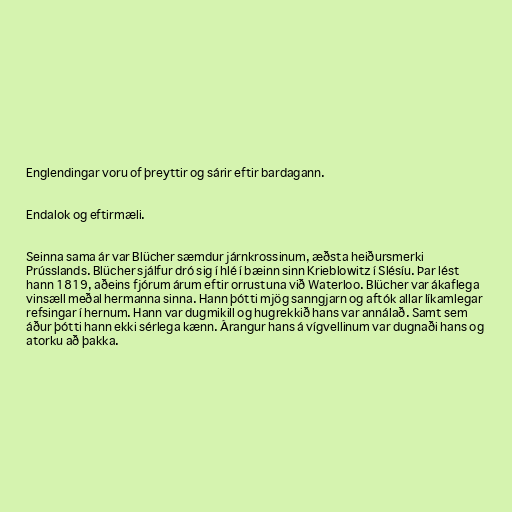
Englendingar voru of þreyttir og sárir eftir bardagann.

Endalok og eftirmæli.

Seinna sama ár var Blücher sæmdur járnkrossinum, æðsta heiðursmerki
Prússlands. Blücher sjálfur dró sig í hlé í bæinn sinn Krieblowitz í Slésíu. Þar lést
hann 1819, aðeins fjórum árum eftir orrustuna við Waterloo. Blücher var ákaflega
vinsæll meðal hermanna sinna. Hann þótti mjög sanngjarn og aftók allar líkamlegar
refsingar í hernum. Hann var dugmikill og hugrekkið hans var annálað. Samt sem
áður þótti hann ekki sérlega kænn. Árangur hans á vígvellinum var dugnaði hans og
atorku að þakka.